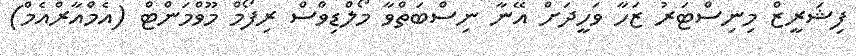
ފިޝަރީޒް މިނިސްޓަރު ޒަހާ ވަހީދަށް އޭނާ ނިސްބަތްވާ މޯލްޑިވްސް ރިފޯމް މޫވްމަންޓް (އެމްއާރްއެމް)